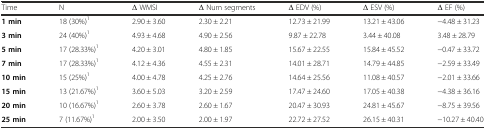
<table><thead><tr><td><b>Time</b></td><td><b>N</b></td><td><b>Δ WMSI</b></td><td><b>Δ Num segments</b></td><td><b>Δ EDV (%)</b></td><td><b>Δ ESV (%)</b></td><td><b>Δ EF (%)</b></td></tr></thead><tbody><tr><td><b>1 min</b></td><td>18 (30%)<sup>1</sup></td><td>2.90 ± 3.60</td><td>2.30 ± 2.21</td><td>12.73 ± 21.99</td><td>13.21 ± 43.06</td><td>−4.48 ± 31.23</td></tr><tr><td><b>3 min</b></td><td>24 (40%)<sup>1</sup></td><td>4.93 ± 4.68</td><td>4.90 ± 2.56</td><td>9.87 ± 22.78</td><td>3.44 ± 40.08</td><td>3.48 ± 28.79</td></tr><tr><td><b>5 min</b></td><td>17 (28.33%)<sup>1</sup></td><td>4.20 ± 3.01</td><td>4.80 ± 1.85</td><td>15.67 ± 22.55</td><td>15.84 ± 45.52</td><td>−0.47 ± 33.72</td></tr><tr><td><b>7 min</b></td><td>17 (28.33%)<sup>1</sup></td><td>4.12 ± 4.36</td><td>4.55 ± 2.31</td><td>14.01 ± 28.71</td><td>14.79 ± 44.85</td><td>−2.59 ± 33.49</td></tr><tr><td><b>10 min</b></td><td>15 (25%)<sup>1</sup></td><td>4.00 ± 4.78</td><td>4.25 ± 2.76</td><td>14.64 ± 25.56</td><td>11.08 ± 40.57</td><td>−2.01 ± 33.66</td></tr><tr><td><b>15 min</b></td><td>13 (21.67%)<sup>1</sup></td><td>3.60 ± 5.03</td><td>3.20 ± 2.59</td><td>17.47 ± 24.60</td><td>17.05 ± 40.38</td><td>−4.38 ± 36.16</td></tr><tr><td><b>20 min</b></td><td>10 (16.67%)<sup>1</sup></td><td>2.60 ± 3.78</td><td>2.60 ± 1.67</td><td>20.47 ± 30.93</td><td>24.81 ± 45.67</td><td>−8.75 ± 39.56</td></tr><tr><td><b>25 min</b></td><td>7 (11.67%)<sup>1</sup></td><td>2.00 ± 3.50</td><td>2.00 ± 1.97</td><td>22.72 ± 27.52</td><td>26.15 ± 40.31</td><td>−10.27 ± 40.40</td></tr></tbody></table>